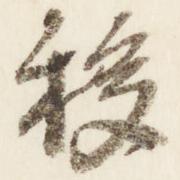
移